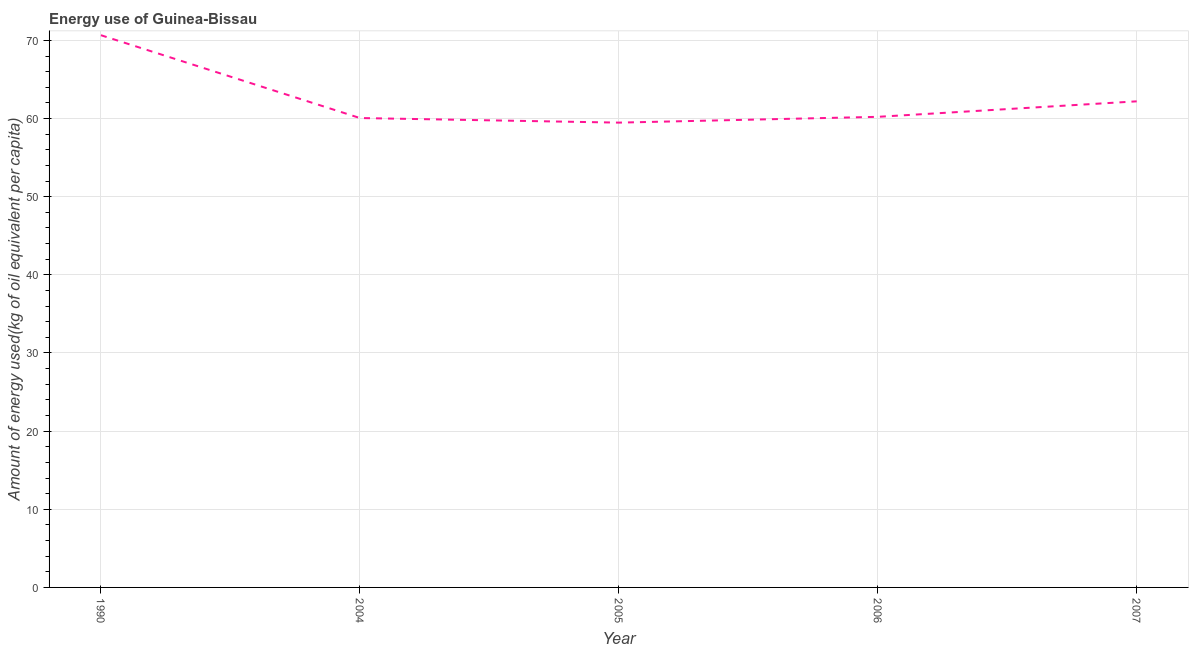
| Year | Energy use  |
 | --- | --- |
 | 1990 | 70.7 |
 | 2004 | 60.1 |
 | 2005 | 59.5 |
 | 2006 | 60.2 |
 | 2007 | 62.2 |